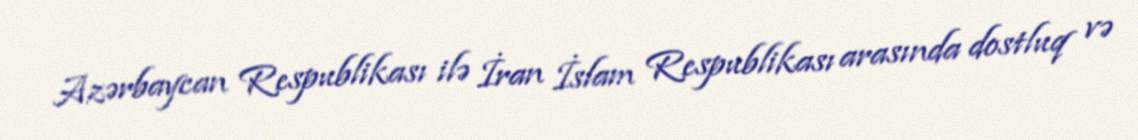
Azərbaycan Respublikası ilə İran İslam Respublikası arasında dostluq və